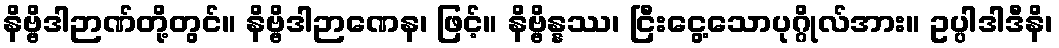
နိဗ္ဗိဒါဉာဏ်တို့တွင်။ နိဗ္ဗိဒါဉာဏေန၊ ဖြင့်။ နိဗ္ဗိန္နဿ၊ ငြီးငွေ့သောပုဂ္ဂိုလ်အား။ ဥပ္ပါဒါဒီနိ၊